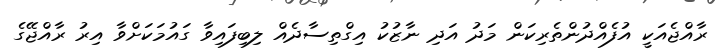
ރާއްޖެއަކީ އުފެއްދުންތެރިކަން މަދު އަދި ނާޒުކު އިގްތިސާދެއް ލިބިފައިވާ ގައުމަކަށްވާ އިރު ރާއްޖޭގެ